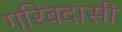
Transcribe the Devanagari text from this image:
गरिबदासी